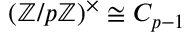
( \mathbb { Z } / p \mathbb { Z } ) ^ { \times } \cong C _ { p - 1 }